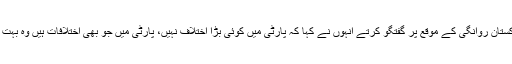
لندن سے پاکستان روانگی کے موقع پر گفتگو کرتے انہوں نے کہا کہ پارٹی میں کوئی بڑا اختلاف نہیں، پارٹی میں جو بھی اختلافات ہیں وہ بہت چھوٹے ہیں۔